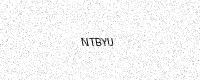
Text: NTBYU